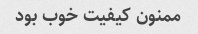
ممنون کیفیت خوب بود